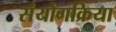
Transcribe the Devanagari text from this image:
संयोगक्रिया